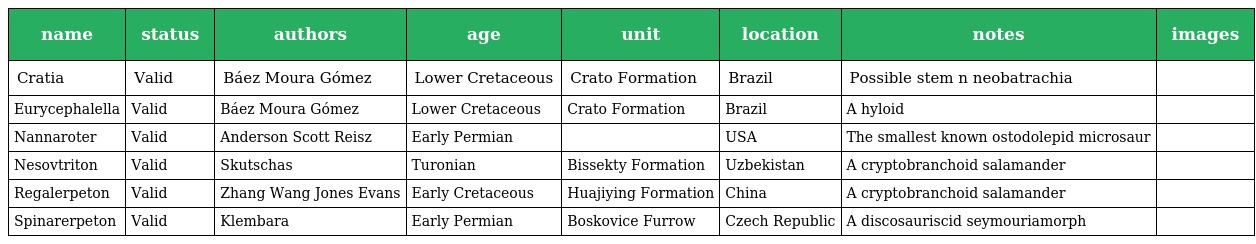
| name | status | authors | age | unit | location | notes | images |
 | --- | --- | --- | --- | --- | --- | --- | --- |
 | Cratia | Valid | Báez Moura Gómez | Lower Cretaceous | Crato Formation | Brazil | Possible stem n neobatrachia |  |
 | Eurycephalella | Valid | Báez Moura Gómez | Lower Cretaceous | Crato Formation | Brazil | A hyloid |  |
 | Nannaroter | Valid | Anderson Scott Reisz | Early Permian |  | USA | The smallest known ostodolepid microsaur |  |
 | Nesovtriton | Valid | Skutschas | Turonian | Bissekty Formation | Uzbekistan | A cryptobranchoid salamander |  |
 | Regalerpeton | Valid | Zhang Wang Jones Evans | Early Cretaceous | Huajiying Formation | China | A cryptobranchoid salamander |  |
 | Spinarerpeton | Valid | Klembara | Early Permian | Boskovice Furrow | Czech Republic | A discosauriscid seymouriamorph |  |